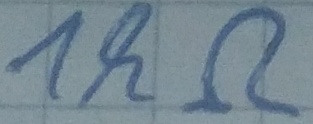
Text: 1kΩ